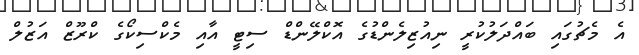
އެ މެޗުގައި ބައްދަލުކުރީ ނިއުޒިލެންޑުގެ އޮކްލޭންޑް ސިޓީ އާއި މެކްސިކޯގެ ކްރޫޒް އަޒުލް